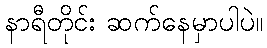
နာရီတိုင်း ဆက်နေမှာပါပဲ။